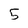
Character: 5